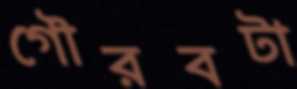
গৌরবটা